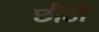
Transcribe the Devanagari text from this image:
छौटी